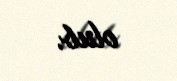
olub.